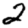
Digit: 2